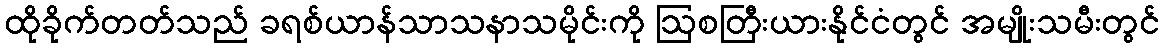
ထိုခိုက်တတ်သည် ခရစ်ယာန်သာသနာသမိုင်းကို ဩစတြီးယားနိုင်ငံတွင် အမျိုးသမီးတွင်